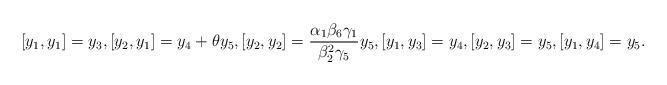
LaTeX: \begin{align*}[y_1, y_1]=y_3, [y_2, y_1]=y_4+\theta y_5, [y_2, y_2]=\frac{\alpha_1\beta_6\gamma_1}{\beta^2_2\gamma_5}y_5, [y_1, y_3]=y_4, [y_2, y_3]=y_5, [y_1, y_4]=y_5.\end{align*}